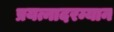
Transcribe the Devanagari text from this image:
प्रयत्नादरम्यान